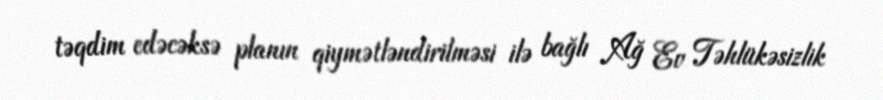
təqdim edəcəksə planın qiymətləndirilməsi ilə bağlı Ağ Ev Təhlükəsizlik